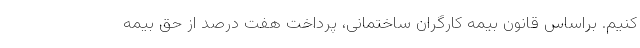
کنیم. براساس قانون بیمه کارگران ساختمانی، پرداخت هفت درصد از حق بیمه